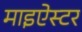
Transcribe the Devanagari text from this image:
माइऐस्टर